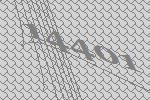
14401